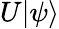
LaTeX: U|\psi\rangle